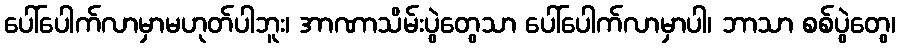
ပေါ်ပေါက်လာမှာမဟုတ်ပါဘူး၊ အာဏာသိမ်းပွဲတွေသာ ပေါ်ပေါက်လာမှာပါ၊ ဘာသာ စစ်ပွဲတွေ၊